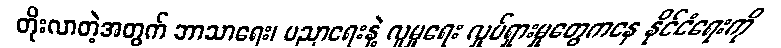
တိုးလာတဲ့အတွက် ဘာသာရေး၊ ပညာရေးနဲ့ လူမှုရေး လှုပ်ရှားမှုတွေကနေ နိုင်ငံရေးကို